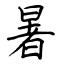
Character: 暑